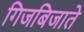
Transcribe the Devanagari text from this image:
गिजबिजाते